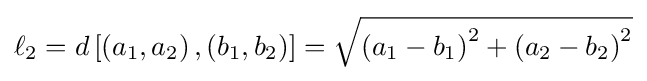
\ell _{2}=d\left[\left(a_{1},a_{2}\right),\left(b_{1},b_{2}\right)\right]={\sqrt {\left(a_{1}-b_{1}\right)^{2}+\left(a_{2}-b_{2}\right)^{2}}}